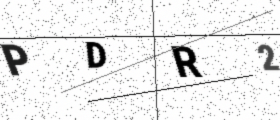
Text: PDR2